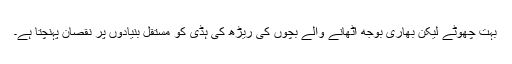
بہت چھوٹے لیکن بھاری بوجھ اٹھانے والے بچوں کی ریڑھ کی ہڈی کو مستقل بنیادوں پر نقصان پہنچتا ہے۔